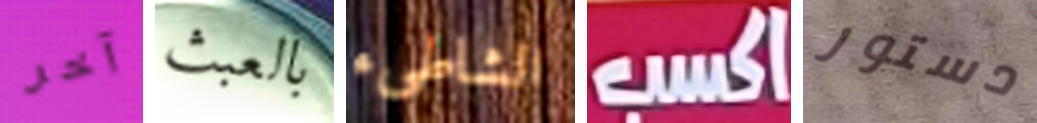
آخر بالعبث الشاطىء اكسب دستور